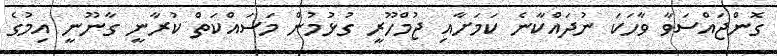
ގޮންޖައްސަވާ ވާހަކަ ނުދައްކާނެ ކަމަށާއި ޖުމްހޫރީ ގުޅުމުން މަސައްކަތް ކުރާނީ ގާނޫނީ އިމުގެ